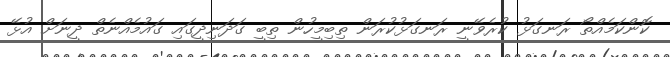
ކޮންކަމެއްތޯ ރަނގަޅު ކުރެވޭނީ ރަނގަޅުކުރަން ތިބިމީހުން ތިބީ ގަދަނިދީގައި ގައުމެއްނެތް ދީނަށް އުޅޭ